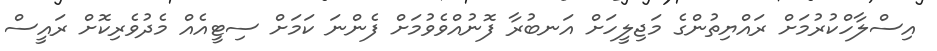
އިސްލާހްކުރުމަށް ރައްޔިތުންގެ މަޖިލީހަށް އަނބުރާ ފޮނުއްވެވުމަށް ފެންނަ ކަމަށް ސިޓީއެއް މެދުވެރިކޮށް ރައީސް